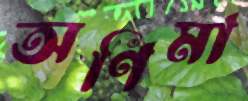
অণিমা